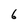
Character: 6